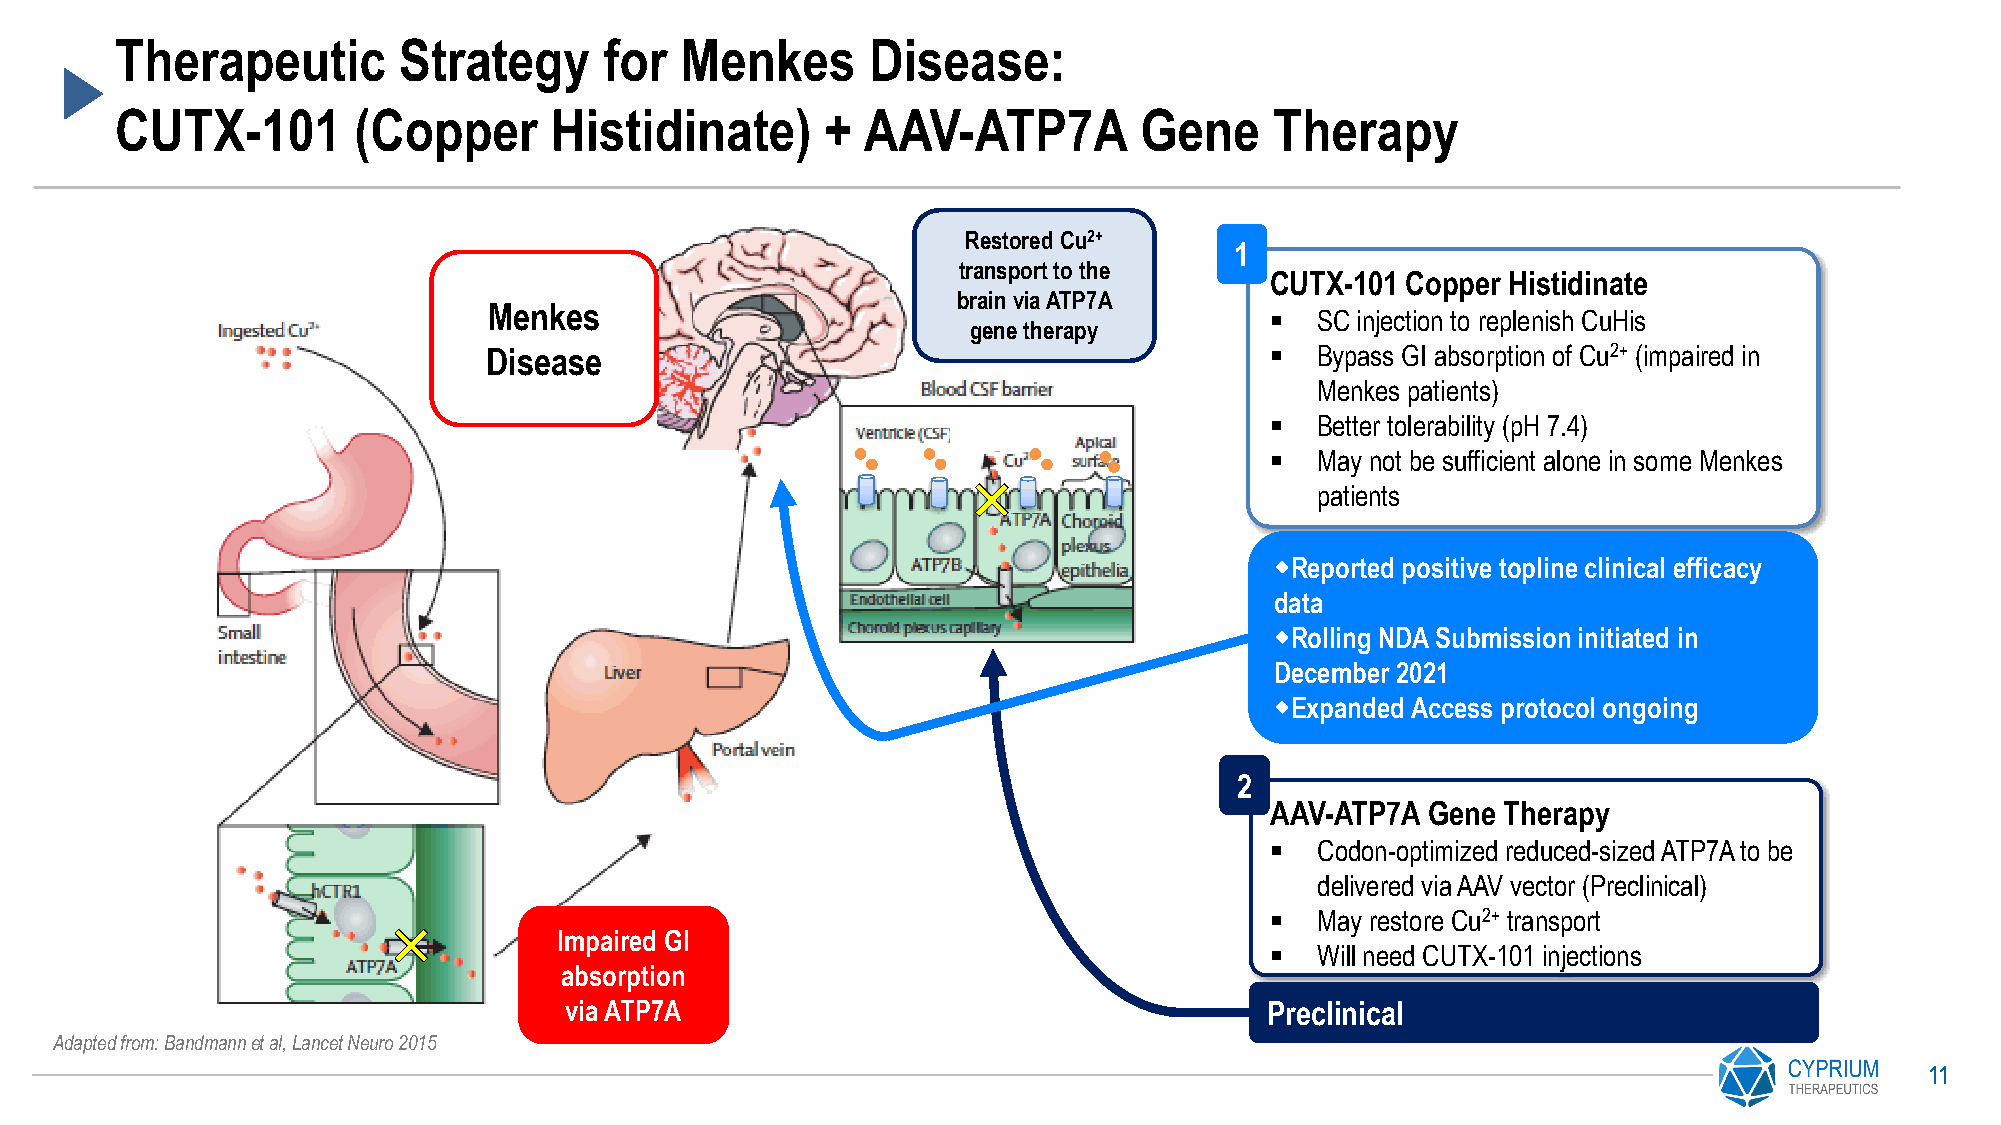
Therapeutic       Strategy      for  Menkes       Disease:
 CUTX-101       (Copper      Histidinate)       + AAV-ATP7A         Gene     Therapy
 Restored Cu2+
 1
 transport to the
 CUTX-101 Copper Histidinate
 brain via ATP7A
 Menkes
 ▪  SC injection to replenish CuHis
 gene therapy
 Disease                                             ▪  Bypass GI absorption of Cu2+ (impaired in
 Menkes patients)
 D                   ▪  Better tolerability (pH 7.4)
 ▪  May not be sufficient alone in some Menkes
 D
 patients
 Reported positive topline clinical efficacy
 data
 Rolling NDA Submission initiated in
 December 2021
 D
 Expanded Access protocol ongoing
 2
 AAV-ATP7A  Gene Therapy
 D
 ▪  Codon-optimized reduced-sized ATP7A to be
 delivered via AAV vector (Preclinical)
 ▪  May restore Cu2+ transport
 Impaired GI
 ▪  Will need CUTX-101 injections
 absorption
 via ATP7A                                      Preclinical
 Adapted from: Bandmannet al, Lancet Neuro 2015
 11